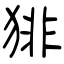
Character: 猅